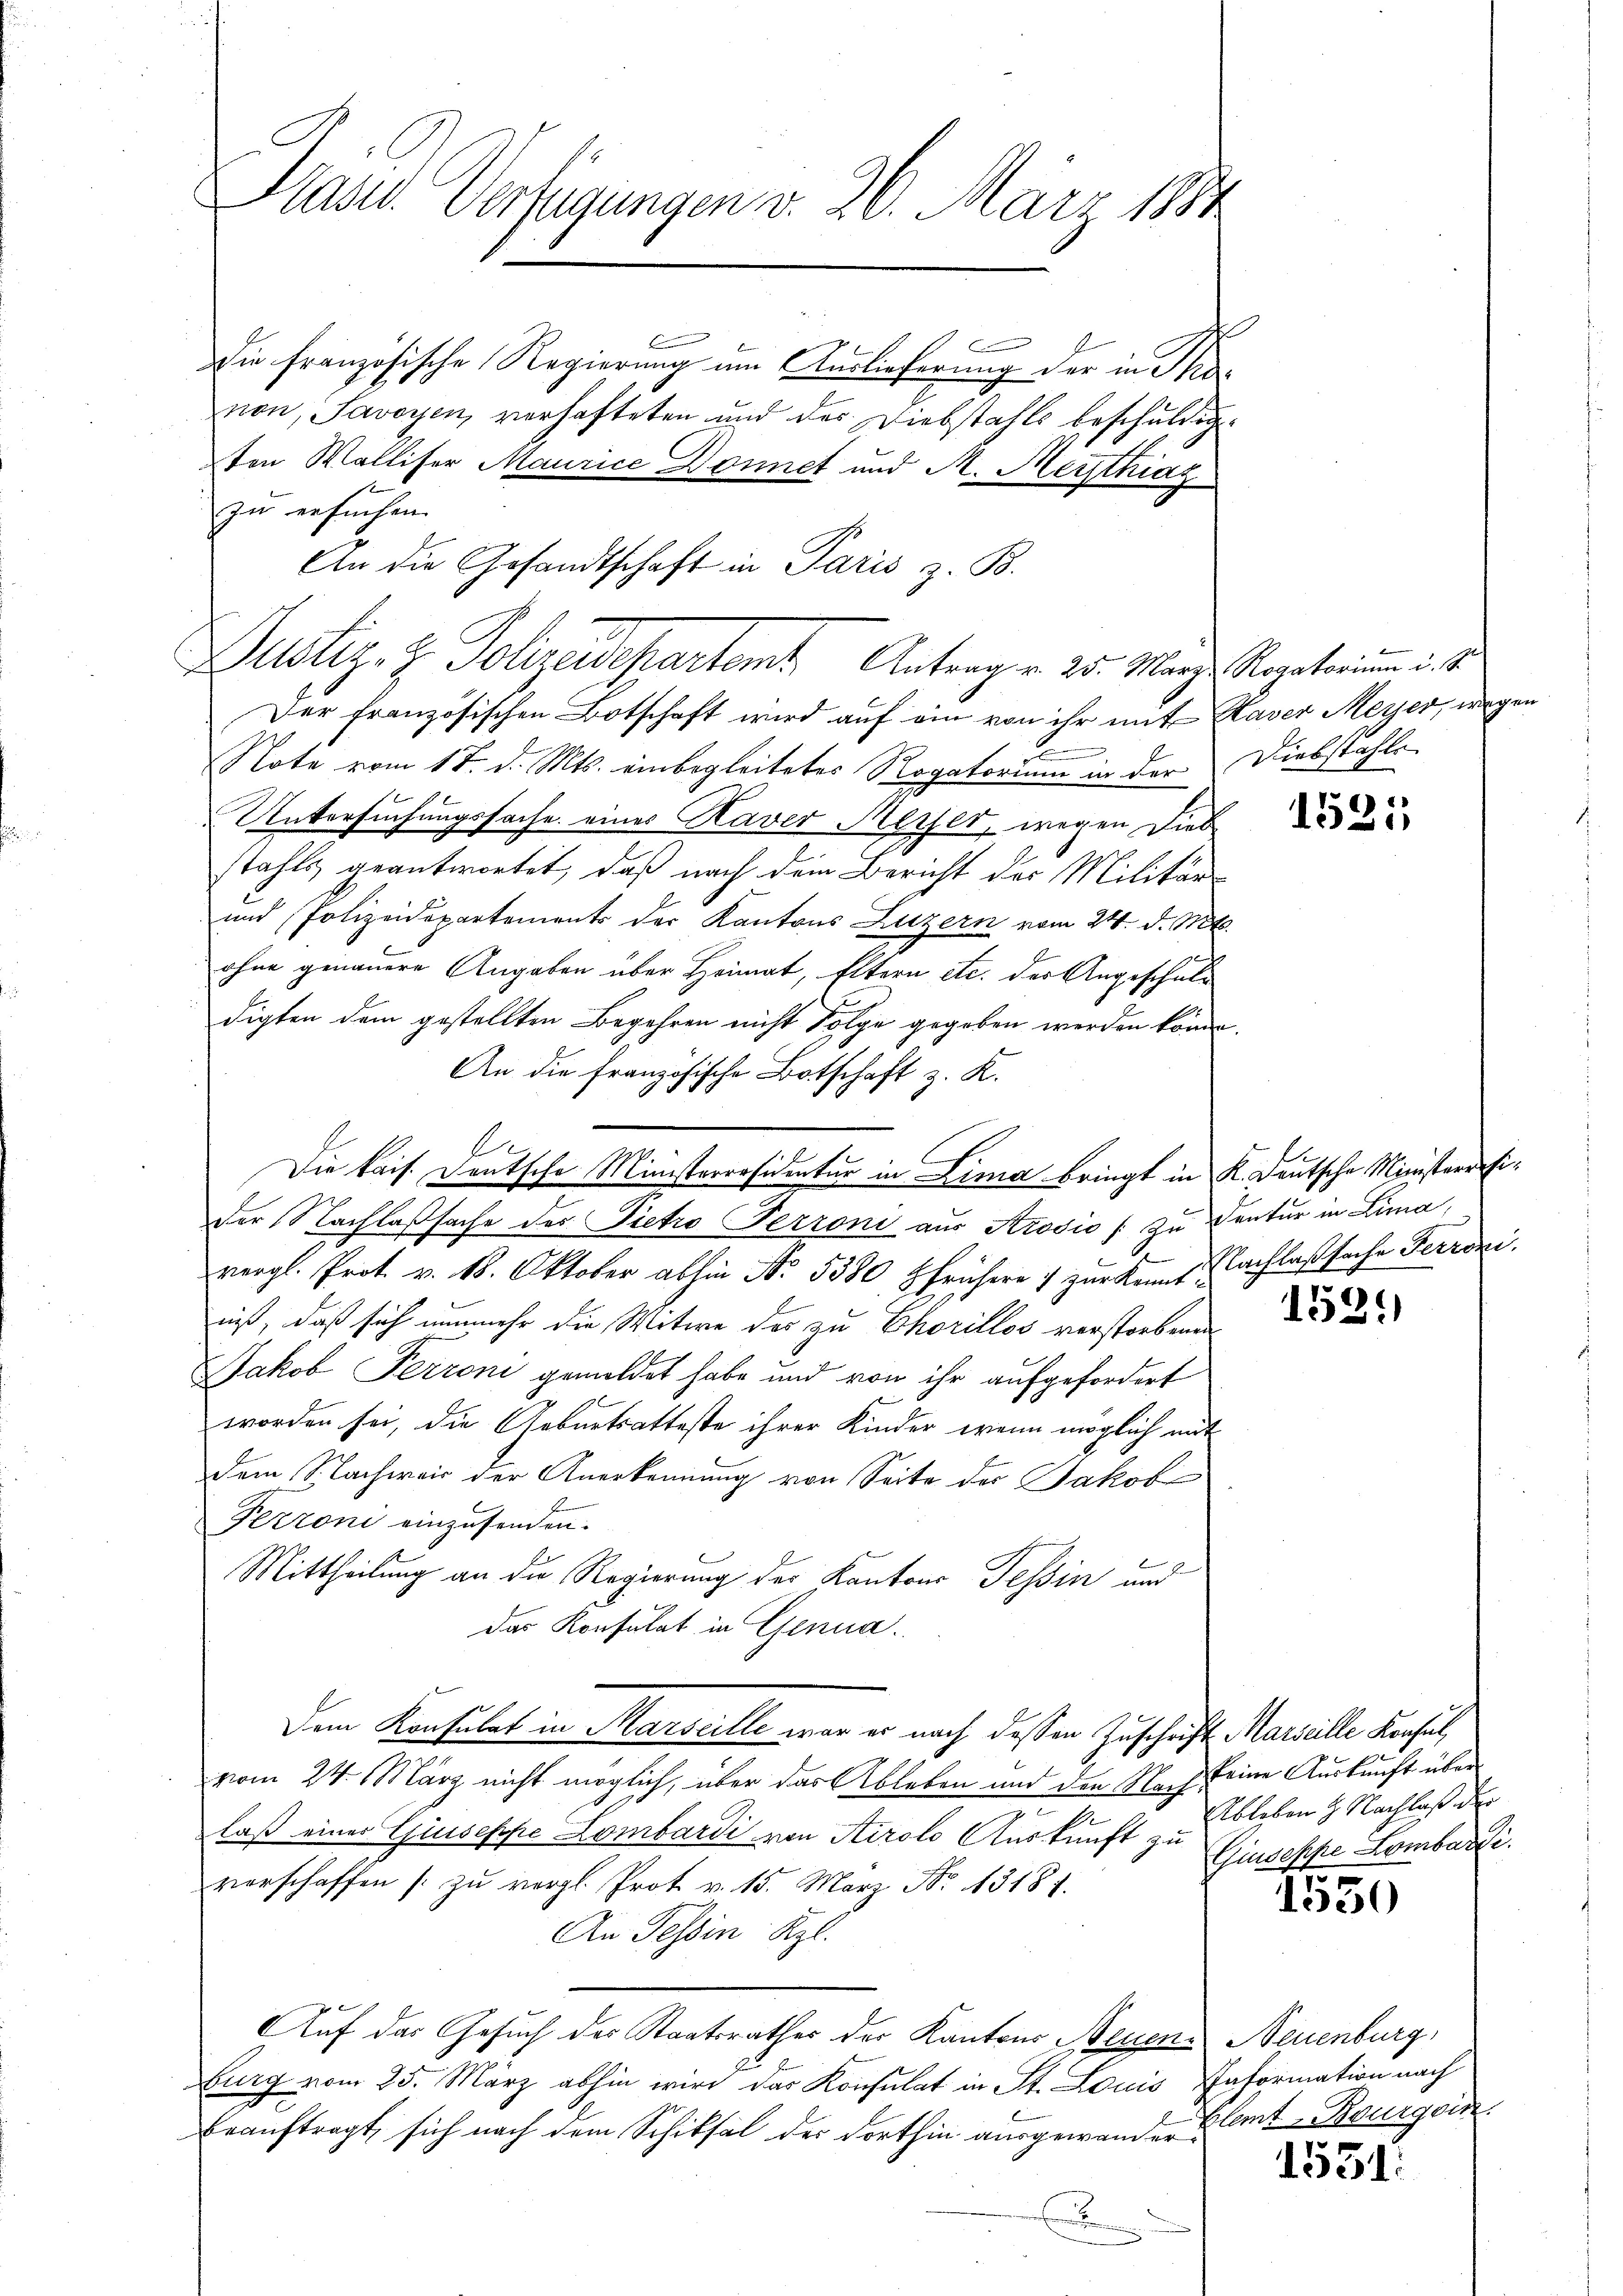
Hasu. Verfügungen v. 26. März 1884

zu ersuchen.
2
Note vom 17. d. Mts. einbegleitetes Rogatorium in der
Untersuchungssache eines Kaver Merser, wegen Dieb-
stahls geantwortet, daß nach dem Bericht der Militär-
und Polizeidepartements der Kantons Luzern vom 24. d. Mts.
ohne genauere Angaben über Heimat, Eltern etc. der Angeschaldigten dem gestellten Begehren nicht Folge gegeben werden könne
An die französische Botschaft z. K.
E
der Nachlaßsache des Pietro Perroni aus Krodio / zu Contur in Lima,
vergl. Prot. v. 18. Oktober abhin No. 5380 frühere 7 zur kannt Nachlaßsache Ferroni
niß, daß sich nunmehr die Witwe des zu Chorillos verstorbenen
Jakob Perroni gemeldet habe und von ihr aufgefordert
worden sei, die Geburtsatteste ihrer Kinder, wenn möglich mit
dem Nachweis der Anerkennung von Seite der Jakob
Fezzoni einzusenden.
Mittheilung an die Regierung der Kantons Tessin und
das Konsulat in Genua
Dem Konsulat in Marseille war er nach dessen Zuschrift Marielle Konsul,
vom 24. März nicht möglich, über das Ableben und den Nach keine Auskunft über
s
laß einer Guiseppe Lombardi von Airolo Auskunft zu
verschaffen zu vergl. Prot. v. 15. März No. 3181.
An Tessin Rzl.
Auf das Gesuch des Staatsrathes der Kantons Neuen Neuenburg,
burg vom 25. März abhin wird das Konsulat in St. Louis Enformation nach
beauftragt, sich nach dem Schiksal der dorthin ausgewanden laut Bourgoin
.

Die französische Regierung um Auslieferung der in Thonon, Savoyen, verhafteten und des Diebstahls beschuldigten Walliser Maurice Donnet und M. Meisthiag

An die Gesandtschaft in Paris z. B.
Dustiz- & Polizeidepartem Antrag v. 25. März Rogatorium is
Der französischen Botschaft wird auf ein von ihr mit Haver Meyer, wegen

Die kais. Deutsche Ministerräsidentur in Lima bringt in K. Deutsche Ministeressi¬

Diebstahle |

1525

1539

Ableben & Nachlaß der
Giuseppe Lombardi.

1550

1551.